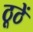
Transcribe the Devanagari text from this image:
ठूठें